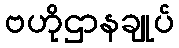
ဗဟိုဌာနချုပ်